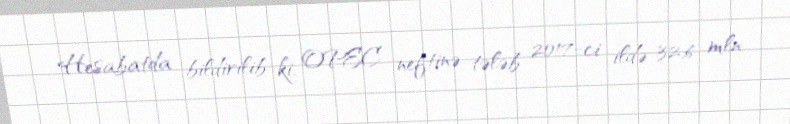
Hesabatda bildirilib ki, OPEC neftinə tələb 2017-ci ildə 32,6 mln.